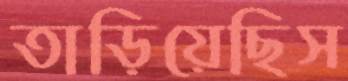
তাড়িয়েছিস